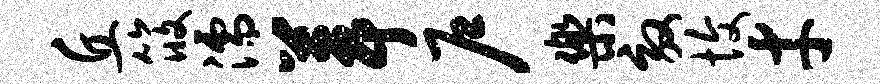
丘筱濡葺户乐效愎才